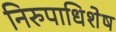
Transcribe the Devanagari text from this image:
निरुपाधिशेष